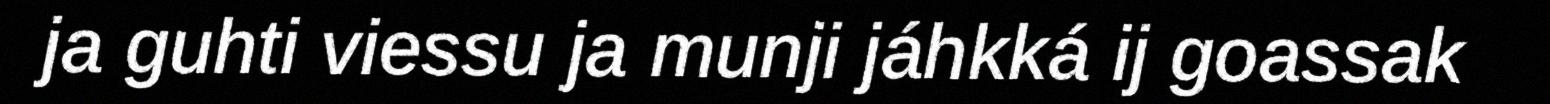
ja guhti viessu ja munji jáhkká ij goassak